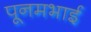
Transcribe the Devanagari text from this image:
पूनमभाई